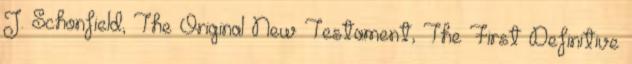
J. Schonfield, The Original New Testament, The First Definitive